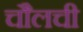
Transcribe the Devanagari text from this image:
चौलची